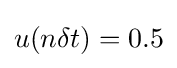
u(n\delta t)=0.5